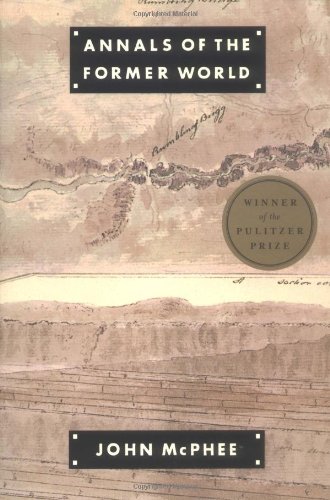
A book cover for Annals of the Former World; John McPhee; Science & Math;